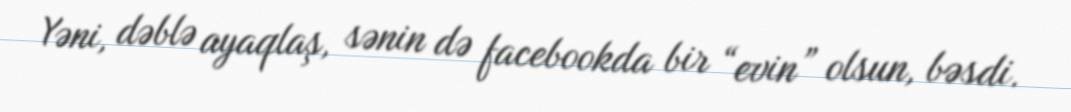
Yəni, dəblə ayaqlaş, sənin də facebookda bir “evin” olsun, bəsdi.